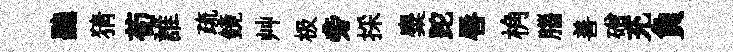
聽猜荀誰疏鏡艸极旁採麋跎唇桷腦善磳充負